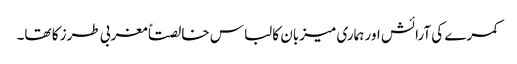
کمرے کی آرائش اور ہماری میزبان کا لباس خالصتاً مغربی طرز کا تھا۔